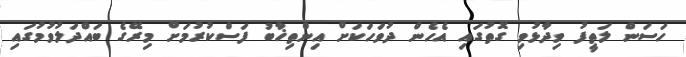
ހަސަން ލަތީފު ވިދާޅުވި ގޮތުގައި އެހެން ދުވަހަކަށް އިންތިޚާބު ފަސްކުރުމަށް މިރޭގެ ބައްދަލުވުމުގައި